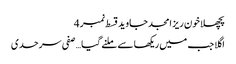
پچھلا خون ریز امجد جاوید قسط نمبر 4
اگلا جب میں ریکھا سے ملنے گیا … صفی سرحدی